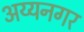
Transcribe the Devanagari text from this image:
अय्यनगर